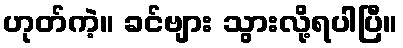
ဟုတ်ကဲ့။ ခင်ဗျား သွားလို့ရပါပြီ။